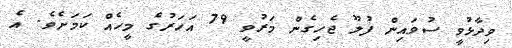
ވިދާޅުވީ ސުވައިން ފުލޫ ޖެހިގެން މަރުވީ 79 އަހަރުގެ މީހެއް ކަމަށެވެ. އެ